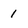
Character: 1